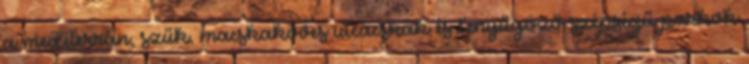
a mediterrán, szűk, macskaköves utcácskák és lenyűgöző szépségű parkok